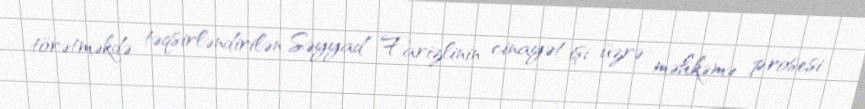
törətməkdə təqsirləndirilən Səyyad Farizlinin cinayət işi üzrə məhkəmə prosesi